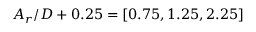
A _ { r } / D + 0 . 2 5 = [ 0 . 7 5 , 1 . 2 5 , 2 . 2 5 ]